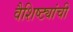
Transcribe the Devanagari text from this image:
वैशिष्ट्यांची